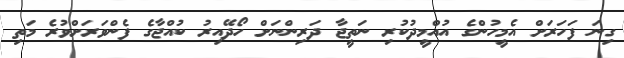
ގިނަ ފަހަރަށް އެމީހުންގެ އުއްމީދުކުރި ނަތީޖާ ދަރިންނަށް ހޯދޭއިރު ކުއްޖާގެ ފެންވަރަށްވުރެ މަތި